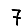
Digit: 7